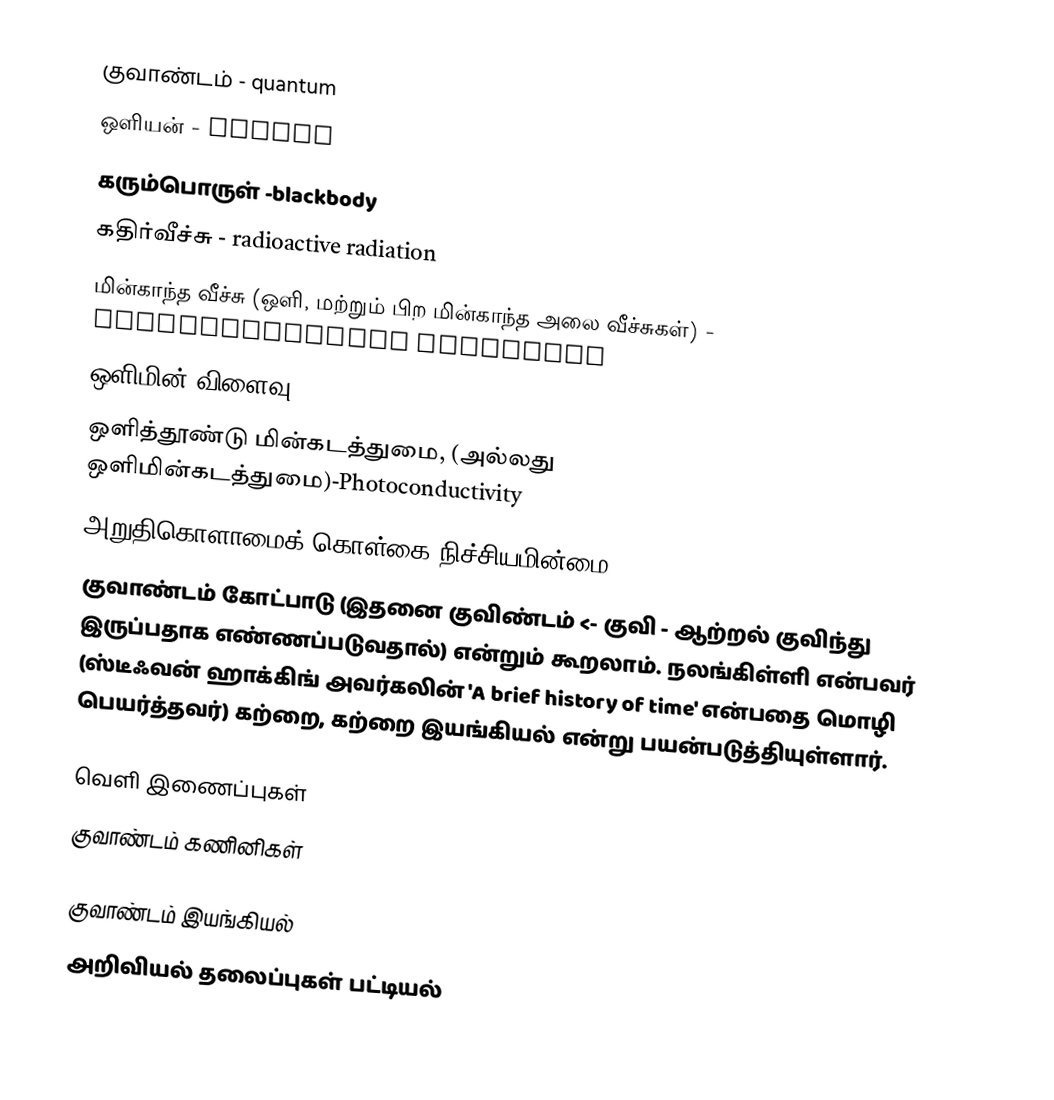
குவாண்டம் - quantum
 ஒளியன் - photon
 கரும்பொருள் -blackbody
 கதிர்வீச்சு - radioactive radiation
 மின்காந்த வீச்சு (ஒளி, மற்றும் பிற மின்காந்த அலை வீச்சுகள்) - Electromagnetic radiation
 ஒளிமின் விளைவு -photoelectric effect
 ஒளித்தூண்டு மின்கடத்துமை, (அல்லது ஒளிமின்கடத்துமை)-Photoconductivity
 அறுதிகொளாமைக் கொள்கை நிச்சியமின்மை - uncertainty principle
 குவாண்டம் கோட்பாடு (இதனை குவிண்டம்  <- குவி - ஆற்றல் குவிந்து இருப்பதாக எண்ணப்படுவதால்) என்றும் கூறலாம். நலங்கிள்ளி என்பவர் (ஸ்டீஃவன் ஹாக்கிங் அவர்கலின் 'A brief history of time' என்பதை மொழி பெயர்த்தவர்) கற்றை, கற்றை இயங்கியல் என்று பயன்படுத்தியுள்ளார்.

வெளி இணைப்புகள்
 குவாண்டம் கணினிகள்

குவாண்டம் இயங்கியல்
அறிவியல் தலைப்புகள் பட்டியல்